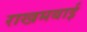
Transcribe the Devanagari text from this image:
राखमबाई